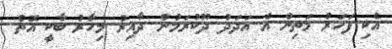
އެކި ފަހަރު މަތިން އެ އަދަދު ދޫކުރަމުން ދާއިރު މިހާރު ބާކީ އޮތް